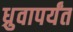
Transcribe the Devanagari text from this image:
ध्रुवापर्यंत